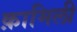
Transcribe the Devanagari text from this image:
क़ामिली